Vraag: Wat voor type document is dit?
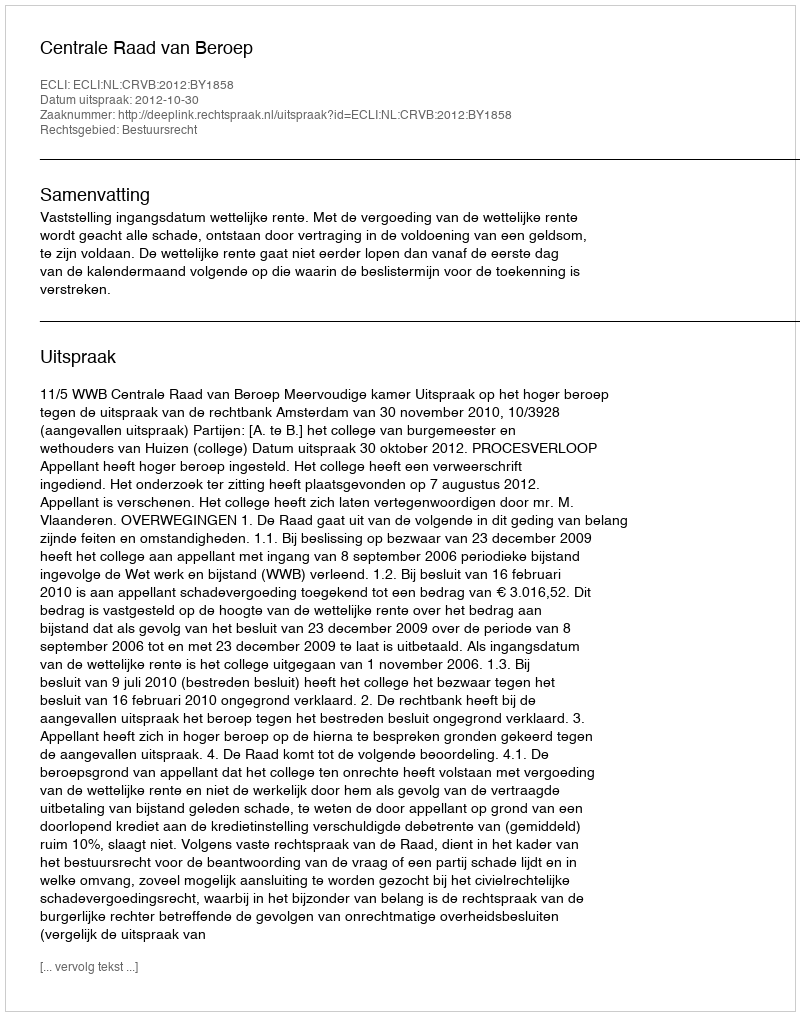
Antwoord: Uitspraak